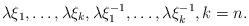
LaTeX: \begin{align*}\lambda \xi_1, \ldots, \lambda \xi_k, \lambda \xi_1^{-1}, \ldots, \lambda \xi_k^{-1}, k=n.\end{align*}